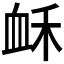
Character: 𧖲